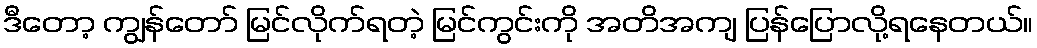
ဒီတော့ ကျွန်တော် မြင်လိုက်ရတဲ့ မြင်ကွင်းကို အတိအကျ ပြန်ပြောလို့ရနေတယ်။